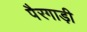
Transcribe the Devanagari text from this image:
पैरगाड़ी